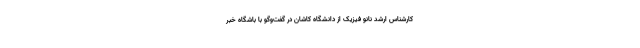
کارشناس ارشد نانو فیزیک از دانشگاه کاشان در گفت‌وگو با باشگاه خبر